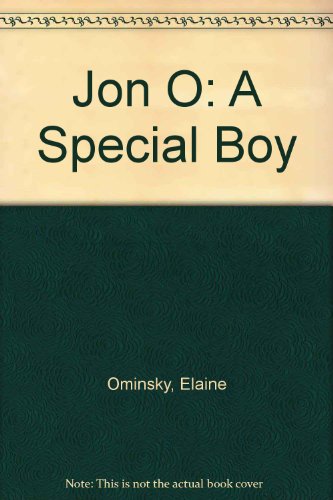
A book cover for Jon O: A Special Boy; Elaine Ominsky; Health, Fitness & Dieting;